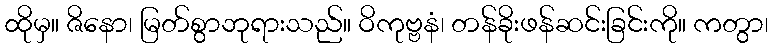
ထိုမှ။ ဇိနော၊ မြတ်စွာဘုရားသည်။ ဝိကုဗ္ဗနံ၊ တန်ခိုးဖန်ဆင်းခြင်းကို။ ကတွာ၊